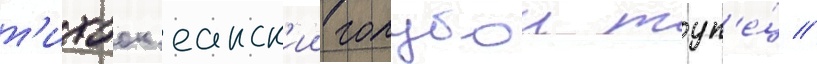
т'ихоок'еанск'ии голубои тун'е́ц //